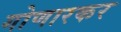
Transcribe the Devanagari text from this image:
गोणारकर